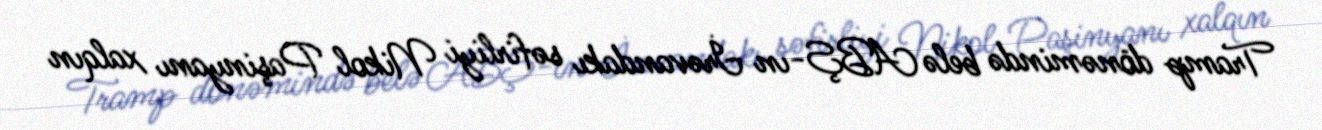
Tramp dönəmində belə ABŞ-ın İrəvandakı səfirliyi Nikol Paşinyanı xalqın